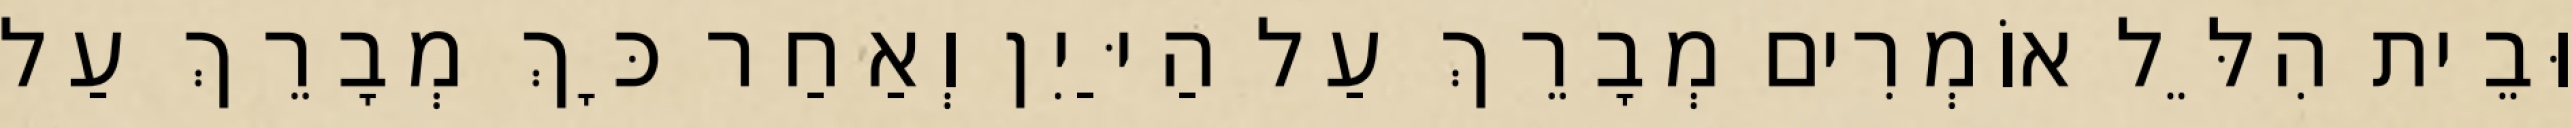
וּבֵית הִלֵּל אוֹמְרִים מְבָרֵךְ עַל הַיַּיִן וְאַחַר כָּךְ מְבָרֵךְ עַל